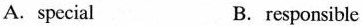
A.special B. responsible